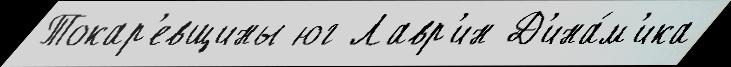
Токар'евщины юг Лавр'ин Д'ина́м'ика